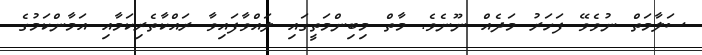
ސަލާމަތް ނުވެވޭ ފަހަރު މަދެއް ނޫނެވެ. މާތް މިބިންމަތީގައި ލައްވާފައިވާ ރައްކާތެރިކަމާއި އަމާންކަމުގެ